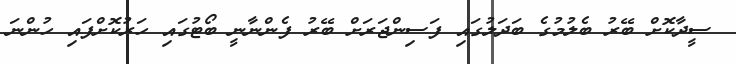
ސީދާކޮށް ބޭރު ބެލުމުގެ ބަދަލުގައި ފަސިންޖަރަށް ބޭރު ފެންނާނީ ބޯޓުގައި ހަރުކޮށްފައި ހުންނަ